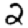
Digit: 2